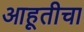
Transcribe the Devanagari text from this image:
आहूतीचा